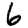
Digit: 6